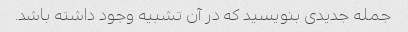
جمله جدیدی بنویسید که در آن تشبیه وجود داشته باشد.